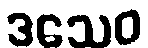
ဒသေဝ